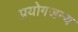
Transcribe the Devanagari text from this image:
प्रयोगजन्य